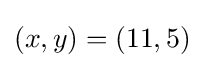
(x,y)=(11,5)